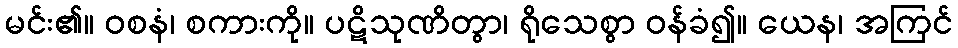
မင်း၏။ ဝစနံ၊ စကားကို။ ပဋိသုဏိတွာ၊ ရိုသေစွာ ဝန်ခံ၍။ ယေန၊ အကြင်